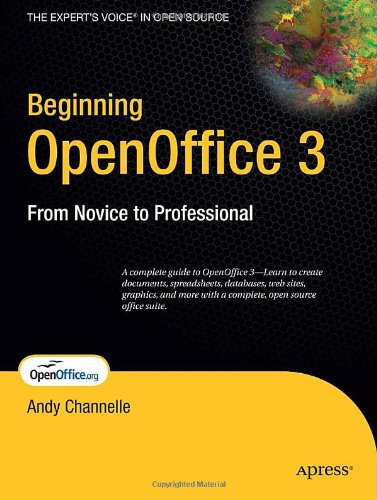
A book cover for Beginning OpenOffice 3: From Novice to Professional (Beginning: From Novice to Professional); Andy Channelle; Computers & Technology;